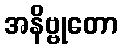
အနိဗ္ဗုတော